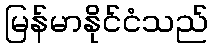
မြန်မာနိုင်ငံသည်